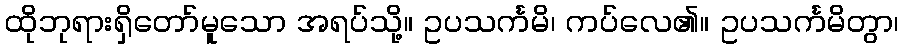
ထိုဘုရားရှိတော်မူသော အရပ်သို့။ ဥပသင်္ကမိ၊ ကပ်လေ၏။ ဥပသင်္ကမိတွာ၊